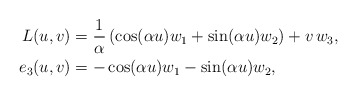
\begin{align*}L(u,v) &= \frac{1}{\alpha}\left(\cos(\alpha u) w_1 + \sin(\alpha u) w_2\right) + v\,w_3,\\e_3(u,v) &= -\cos(\alpha u) w_1 - \sin(\alpha u) w_2,\end{align*}